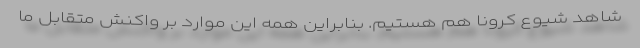
شاهد شیوع کرونا هم هستیم. بنابراین همه این موارد بر واکنش متقابل ما